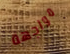
مواجهة